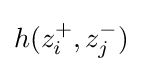
h(z_{i}^{+},z_{j}^{-})